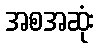
အစအဆုံး